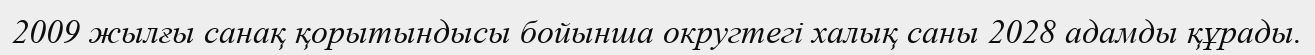
2009 жылғы санақ қорытындысы бойынша округтегі халық саны 2028 адамды құрады.